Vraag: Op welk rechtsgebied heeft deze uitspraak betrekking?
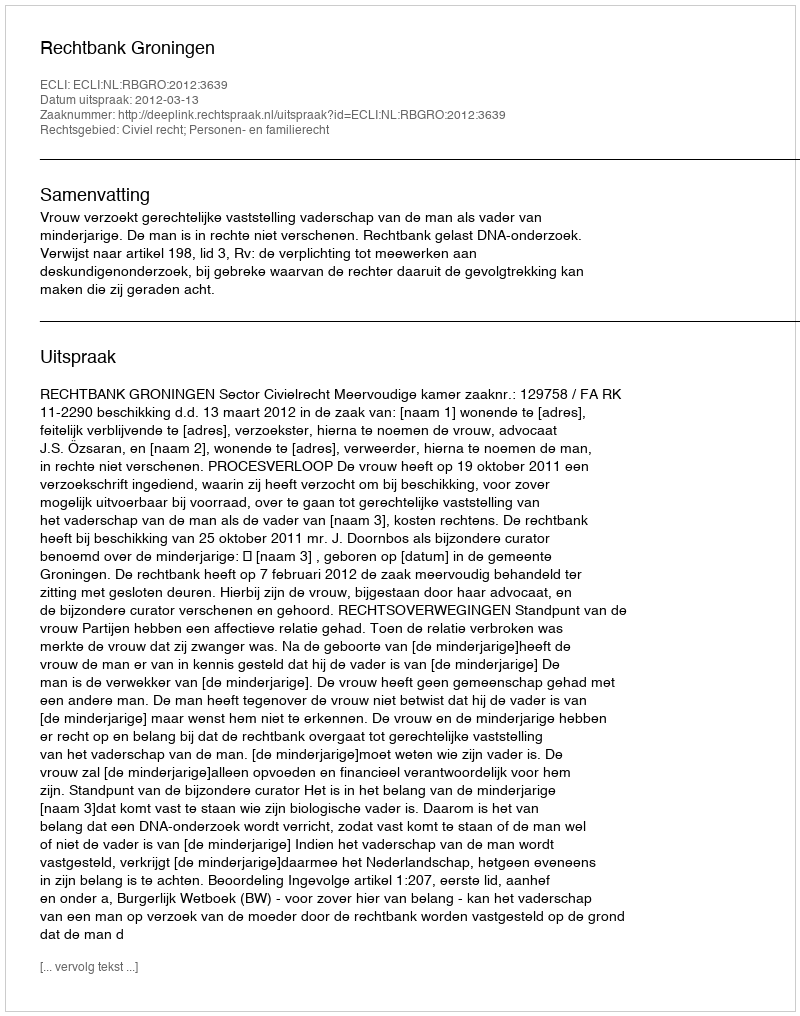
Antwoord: Civiel recht; Personen- en familierecht